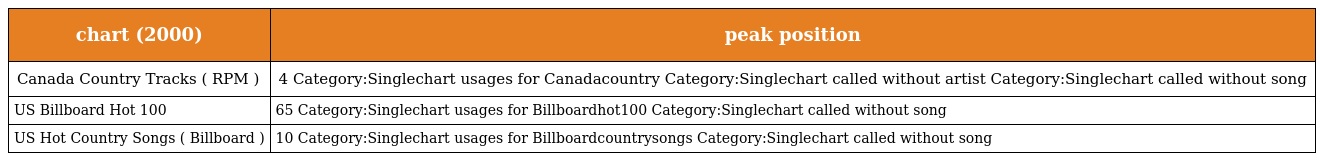
| chart (2000) | peak position |
 | --- | --- |
 | Canada Country Tracks ( RPM ) | 4 Category:Singlechart usages for Canadacountry Category:Singlechart called without artist Category:Singlechart called without song |
 | US Billboard Hot 100 | 65 Category:Singlechart usages for Billboardhot100 Category:Singlechart called without song |
 | US Hot Country Songs ( Billboard ) | 10 Category:Singlechart usages for Billboardcountrysongs Category:Singlechart called without song |